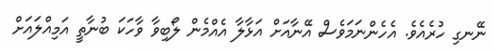
ނޭނގި ހުރެއެވެ. އެހެންނަމަވެސް އޭނާއަށް އަޅާލާ އެއްމެން ލޯބިވާ ވާހަކަ ބުނާތީ އަމިއްލައަށް